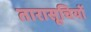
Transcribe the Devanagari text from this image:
तारासूचियों